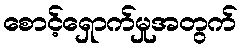
စောင့်ရှောက်မှုအတွက်